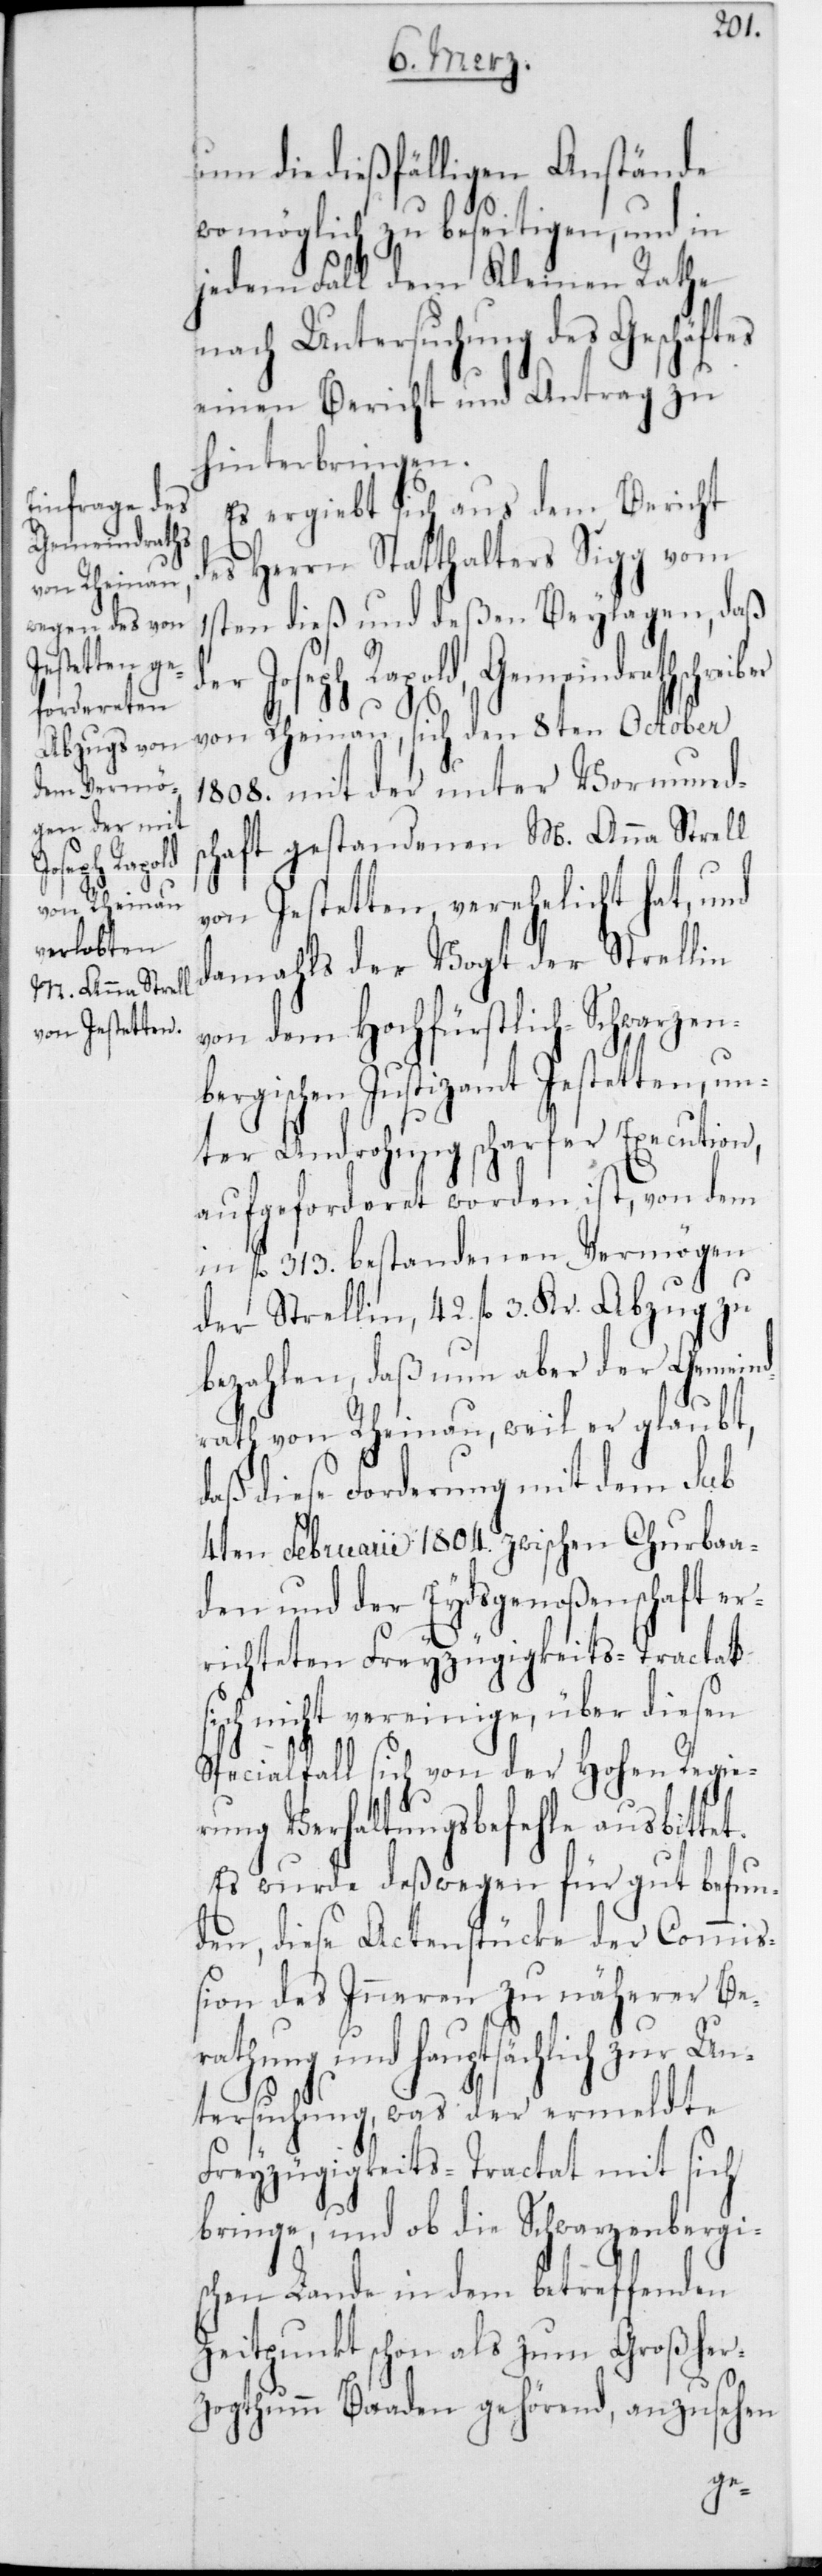
schreiber

um die dießfälligen Anstände
womöglich zu beseitigen, und in
jedem Fall dem Kleinen Rathe
nach Untersuchung des Geschäft¬
einen Bericht und Antrag zu
hinterbringen.
Es ergibt sich aus dem Bericht
des Herrn Statthalters Sigg vom
1sten dieß und deßen Beylagen, daß
r Joseph Rapold, Gemeindrath¬
von Rheinau, sich den 8ten October
1808 mit der unter Vormunds¬
chaft gestandenen M. Anna Strell
von Jestetten, verehelicht hat, und
damahls der Vogt der Strellin
von dem Hochfürstlich-Schwarzen¬
bergischen Justizamt Jestetten, un¬
ter Androhung scharfer Execution,
aufgeforderet worden ist, von dem
in fl. 313 bestandenen Vermögen
der Strellin, 42 fl. 3 Kr. Abzug zu
bezahlen, daß nun aber der Gemeind¬
rath von Rheinau, weil er glaubt,
daß diese Forderung mit dem sub
4ten Februarii 1804 zwischen Churbaa¬
den und der Eydsgenoßenschaft er¬
richteten Freyzügigskeits-Tractat
nicht vereinige, über diesen
Spezialfall sich von der Hohen Regie¬
rung Verhaltungsbefehle ausbittet.
Es wurde deßwegen für gut befun¬
den, diese Actenstücke der Commiß¬
ion des Innern zu näherer Be¬
rathung und hauptsächlich zur Un¬
tersuchung, was der ermeldte
Freyzügigkeits-Tractat mit sich
bringe, und ob die Schwarzenbergi¬
schen Lande in dem betreffenden
Zeitpunkt schon als zum Großher¬
zogthum Baaden gehörend, anzusehen
de¬